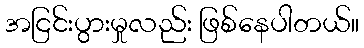
အငြင်းပွားမှုလည်း ဖြစ်နေပါတယ်။